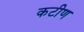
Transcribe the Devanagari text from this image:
कटीण